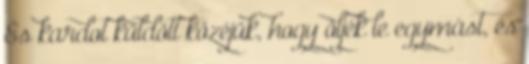
És kardot küldött közéjük, hogy öljék le egymást, és